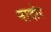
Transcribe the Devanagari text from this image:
नादोर